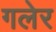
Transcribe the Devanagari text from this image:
गलेर